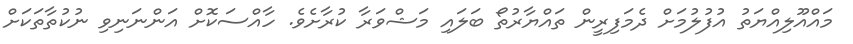
މައްއޫލިއްޔަތު އުފުލުމަށް ދެމަފިރީން ތައްޔާރުތޯ ބަލައި މަޝްވަރާ ކުރާށެވެ. ހާއްސަކޮށް އަންނަނިވި ނުކުތާތަކަށް